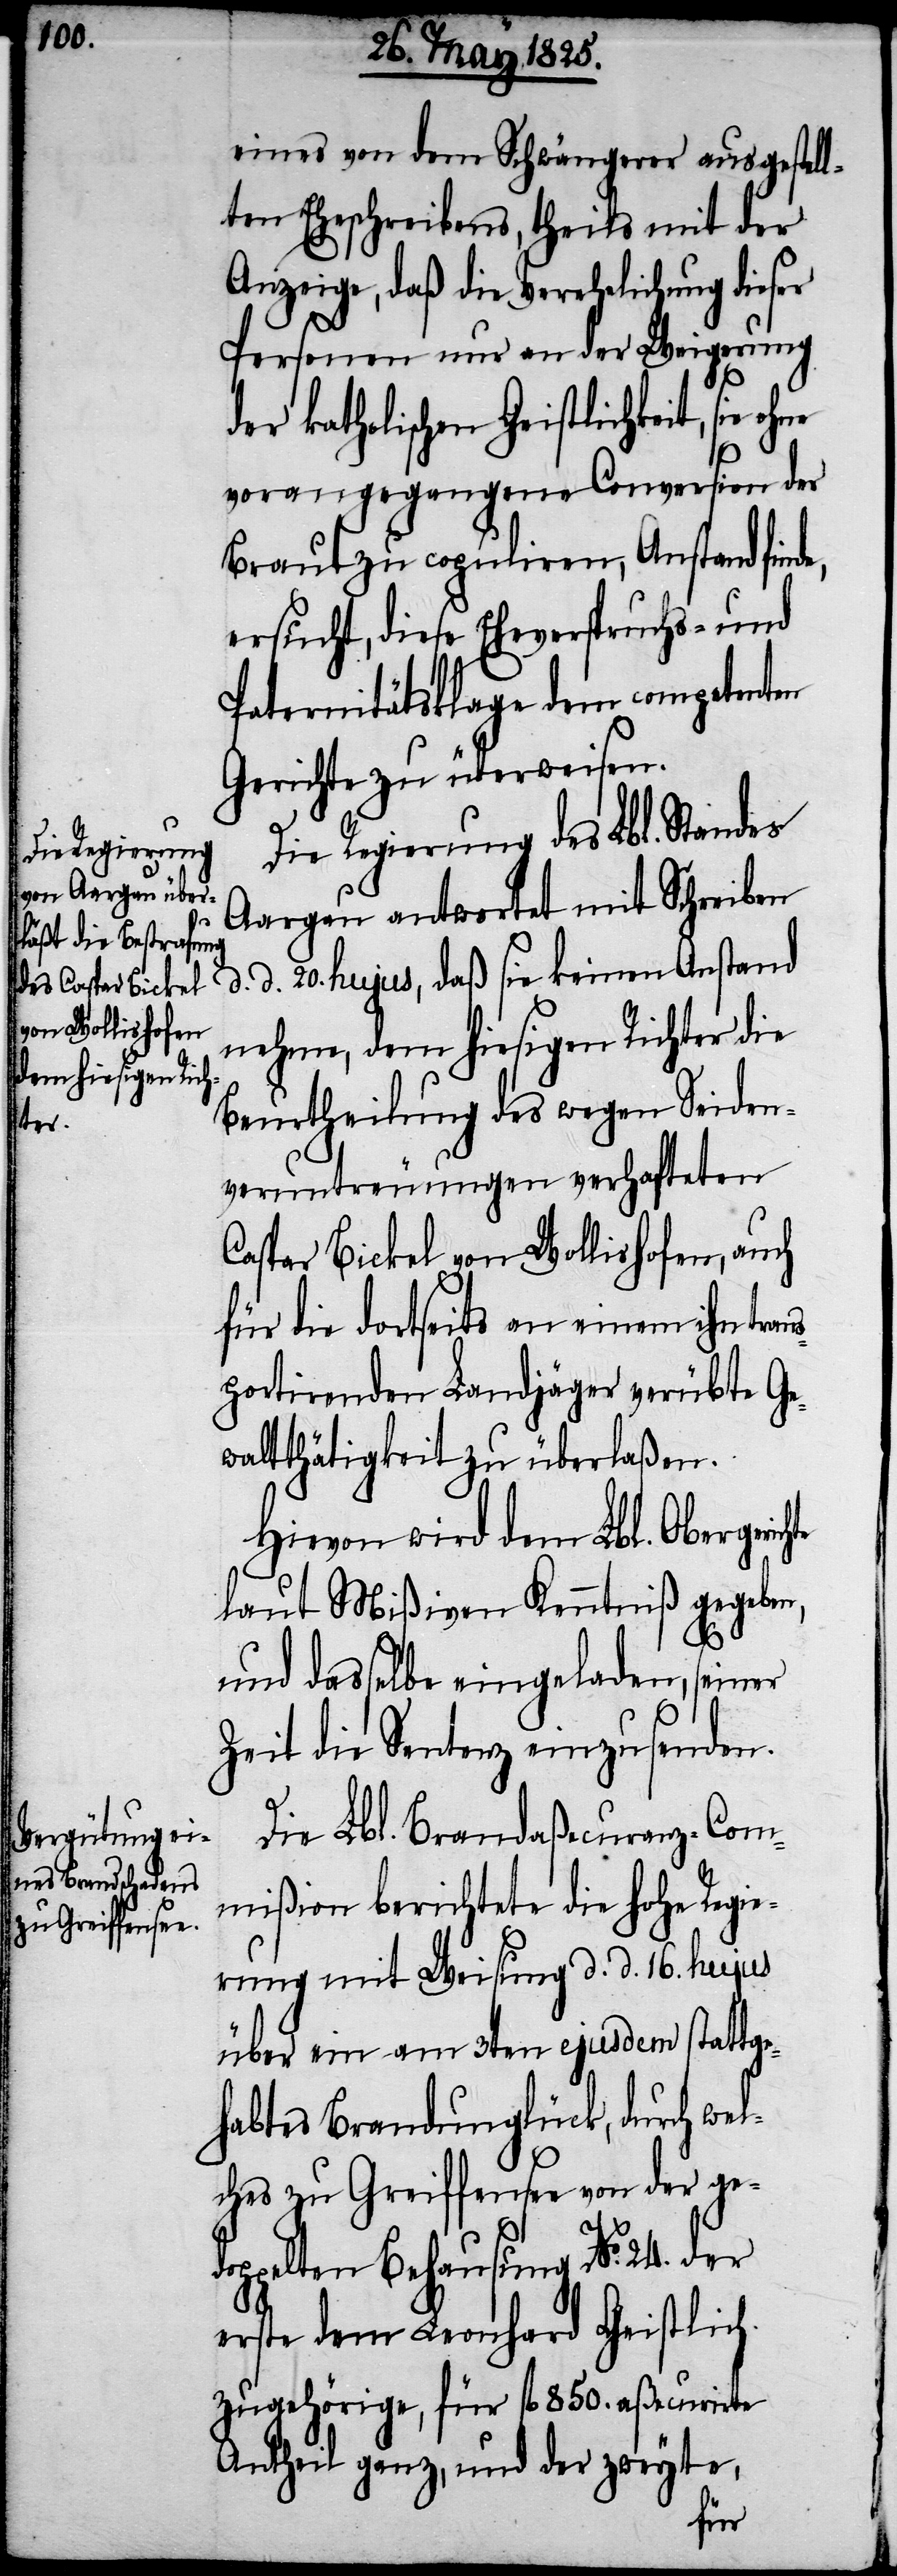
hte

eines von dem Schwängerer ausgestell¬
ten Eheschreibens, theils mit der
Anzeige, daß die Verehelichung dieser
Personen nur an der Weigerung
der katholischen Geistlichkeit, sie
vorausgegangene Conversion der
Braut zu copuliren, Anstand finde,
ersucht, diese Eheverspruchs- und
Paternitätsklage dem competenten
Gerichte zu überweisen.
Die Regierung des Lbl. Standes
Aargau antwortet mit Schreiben
d. 20. hujus, daß sie keinen Anstand
nehme, dem hiesigen Richter die
Beurtheilung des wegen Seiden¬
veruntreuungen verhafteten
Caspar Bickel von Wollishofen, auch
für die dortseits an einem ihn tran¬
sportirenden Landjäger verübte Ge¬
waltthätigkeit zu überlaßen.
Hievon wird dem Lbl. Obergeric¬
laut Mißiven Kenntniß gegeben,
und dasselbe eingeladen, seiner
Zeit die Sentenz einzusenden.
Die Lbl. Brandaßecuranz-Com¬
mißion berichtete die hohe Regi¬
erung mit Weisung d. d. 16. hujus
über ein am 3ten ejusdem stattge¬
habtes Brandunglück, durch wel¬
ches zu Greiffensee von der ge¬
doppelten Behausung No. 24. der
erste dem Leonhard Geistlich
zugehörige, für fl 850. aßecurirte
Antheil ganz, und der zweyte,